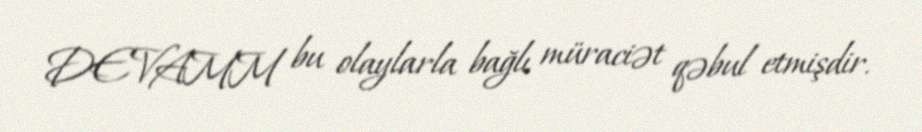
DEVAMM bu olaylarla bağlı müraciət qəbul etmişdir.